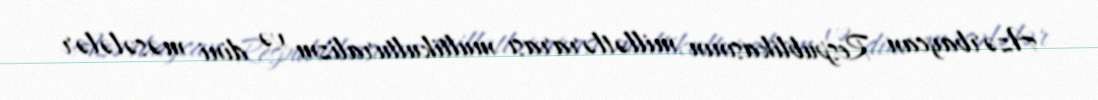
Azərbaycan Respublikasının millətlərarası multikulturalizm və dini məsələlər